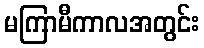
မကြာမီကာလအတွင်း